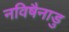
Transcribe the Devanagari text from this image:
नविषैनाडु